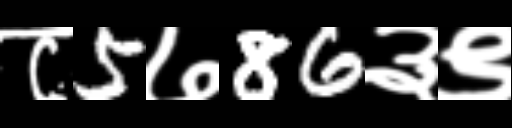
Text: ८5७86३९